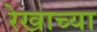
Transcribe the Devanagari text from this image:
रेखाच्या